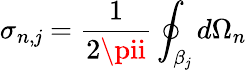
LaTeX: \sigma_{n,\mathit{j}}=\frac{{1}}{{2\pii}}\oint_{\beta_{\mathit{j}}}d\Omega_{n}